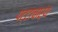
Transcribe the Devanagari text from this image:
पट्टाचार्य